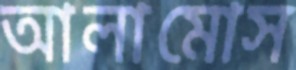
আলামোস